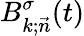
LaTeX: B_{k;\vec{n}}^{\sigma}(t)